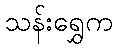
သန်းရွှေက